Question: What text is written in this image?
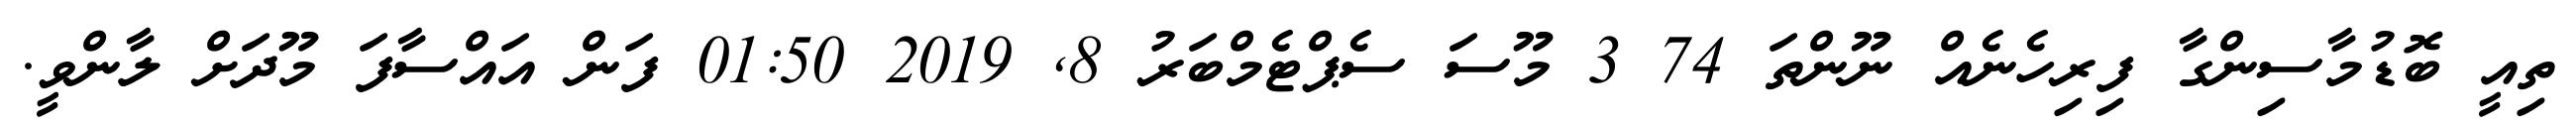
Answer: ތިއީ ބޮޑުމާސިންގާ ފިރިހެނެއް ނޫންތަ 74 3 މޫސަ ސެޕްޓެމްބަރު 8, 2019 01:50 ފަން އައްސާފަ މޫދަށް ލާންވީ.